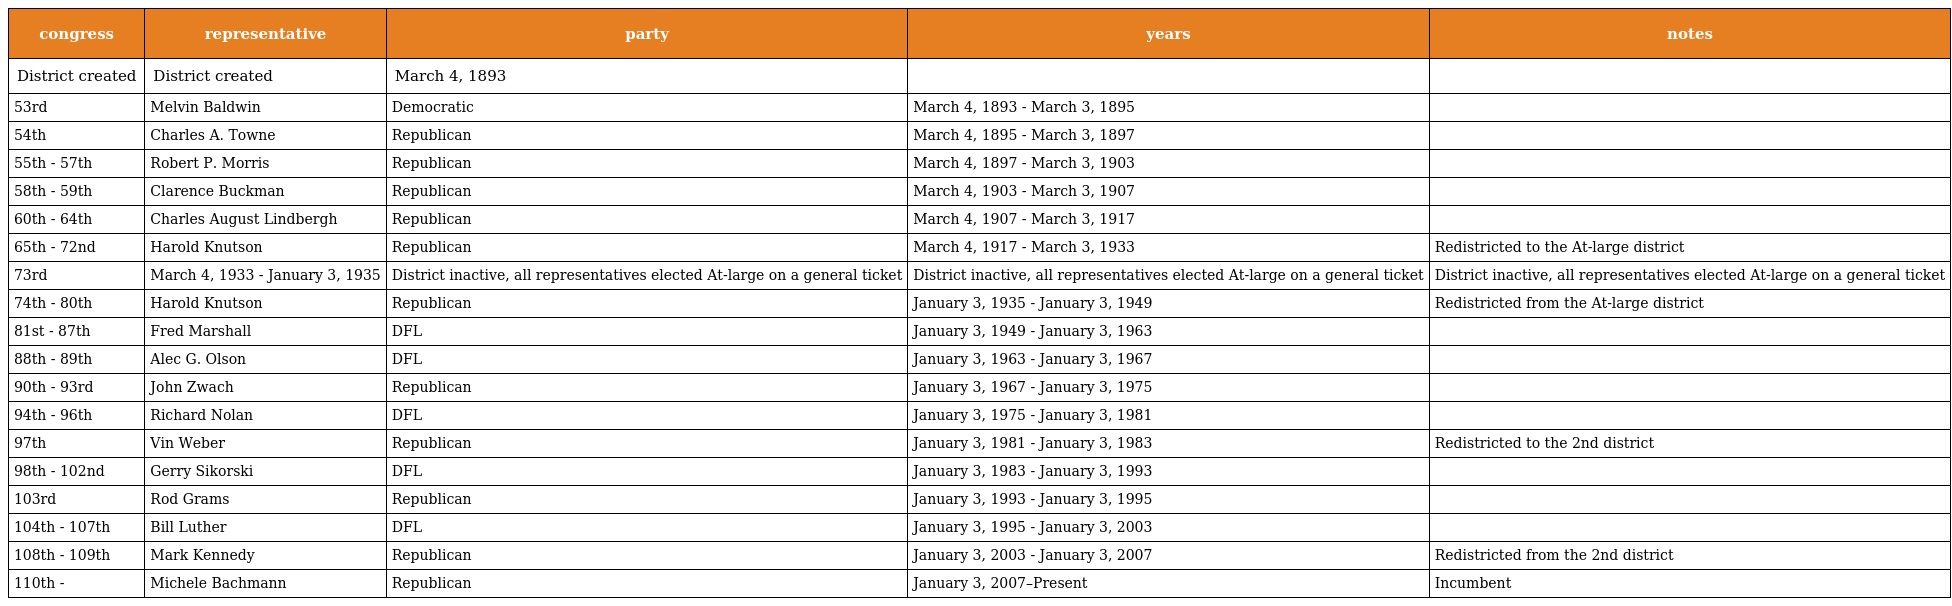
| congress | representative | party | years | notes |
 | --- | --- | --- | --- | --- |
 | District created | District created | March 4, 1893 |  |  |
 | 53rd | Melvin Baldwin | Democratic | March 4, 1893 - March 3, 1895 |  |
 | 54th | Charles A. Towne | Republican | March 4, 1895 - March 3, 1897 |  |
 | 55th - 57th | Robert P. Morris | Republican | March 4, 1897 - March 3, 1903 |  |
 | 58th - 59th | Clarence Buckman | Republican | March 4, 1903 - March 3, 1907 |  |
 | 60th - 64th | Charles August Lindbergh | Republican | March 4, 1907 - March 3, 1917 |  |
 | 65th - 72nd | Harold Knutson | Republican | March 4, 1917 - March 3, 1933 | Redistricted to the At-large district |
 | 73rd | March 4, 1933 - January 3, 1935 | District inactive, all representatives elected At-large on a general ticket | District inactive, all representatives elected At-large on a general ticket | District inactive, all representatives elected At-large on a general ticket |
 | 74th - 80th | Harold Knutson | Republican | January 3, 1935 - January 3, 1949 | Redistricted from the At-large district |
 | 81st - 87th | Fred Marshall | DFL | January 3, 1949 - January 3, 1963 |  |
 | 88th - 89th | Alec G. Olson | DFL | January 3, 1963 - January 3, 1967 |  |
 | 90th - 93rd | John Zwach | Republican | January 3, 1967 - January 3, 1975 |  |
 | 94th - 96th | Richard Nolan | DFL | January 3, 1975 - January 3, 1981 |  |
 | 97th | Vin Weber | Republican | January 3, 1981 - January 3, 1983 | Redistricted to the 2nd district |
 | 98th - 102nd | Gerry Sikorski | DFL | January 3, 1983 - January 3, 1993 |  |
 | 103rd | Rod Grams | Republican | January 3, 1993 - January 3, 1995 |  |
 | 104th - 107th | Bill Luther | DFL | January 3, 1995 - January 3, 2003 |  |
 | 108th - 109th | Mark Kennedy | Republican | January 3, 2003 - January 3, 2007 | Redistricted from the 2nd district |
 | 110th - | Michele Bachmann | Republican | January 3, 2007–Present | Incumbent |